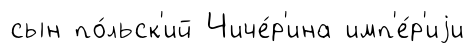
сын по́льск'ий Чиче́р'ина имп'е́р'иjи